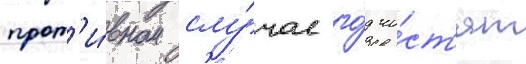
прот'и́вном слу́чае го́д чи́ст'ят